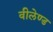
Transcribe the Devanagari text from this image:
वीलेण्ड